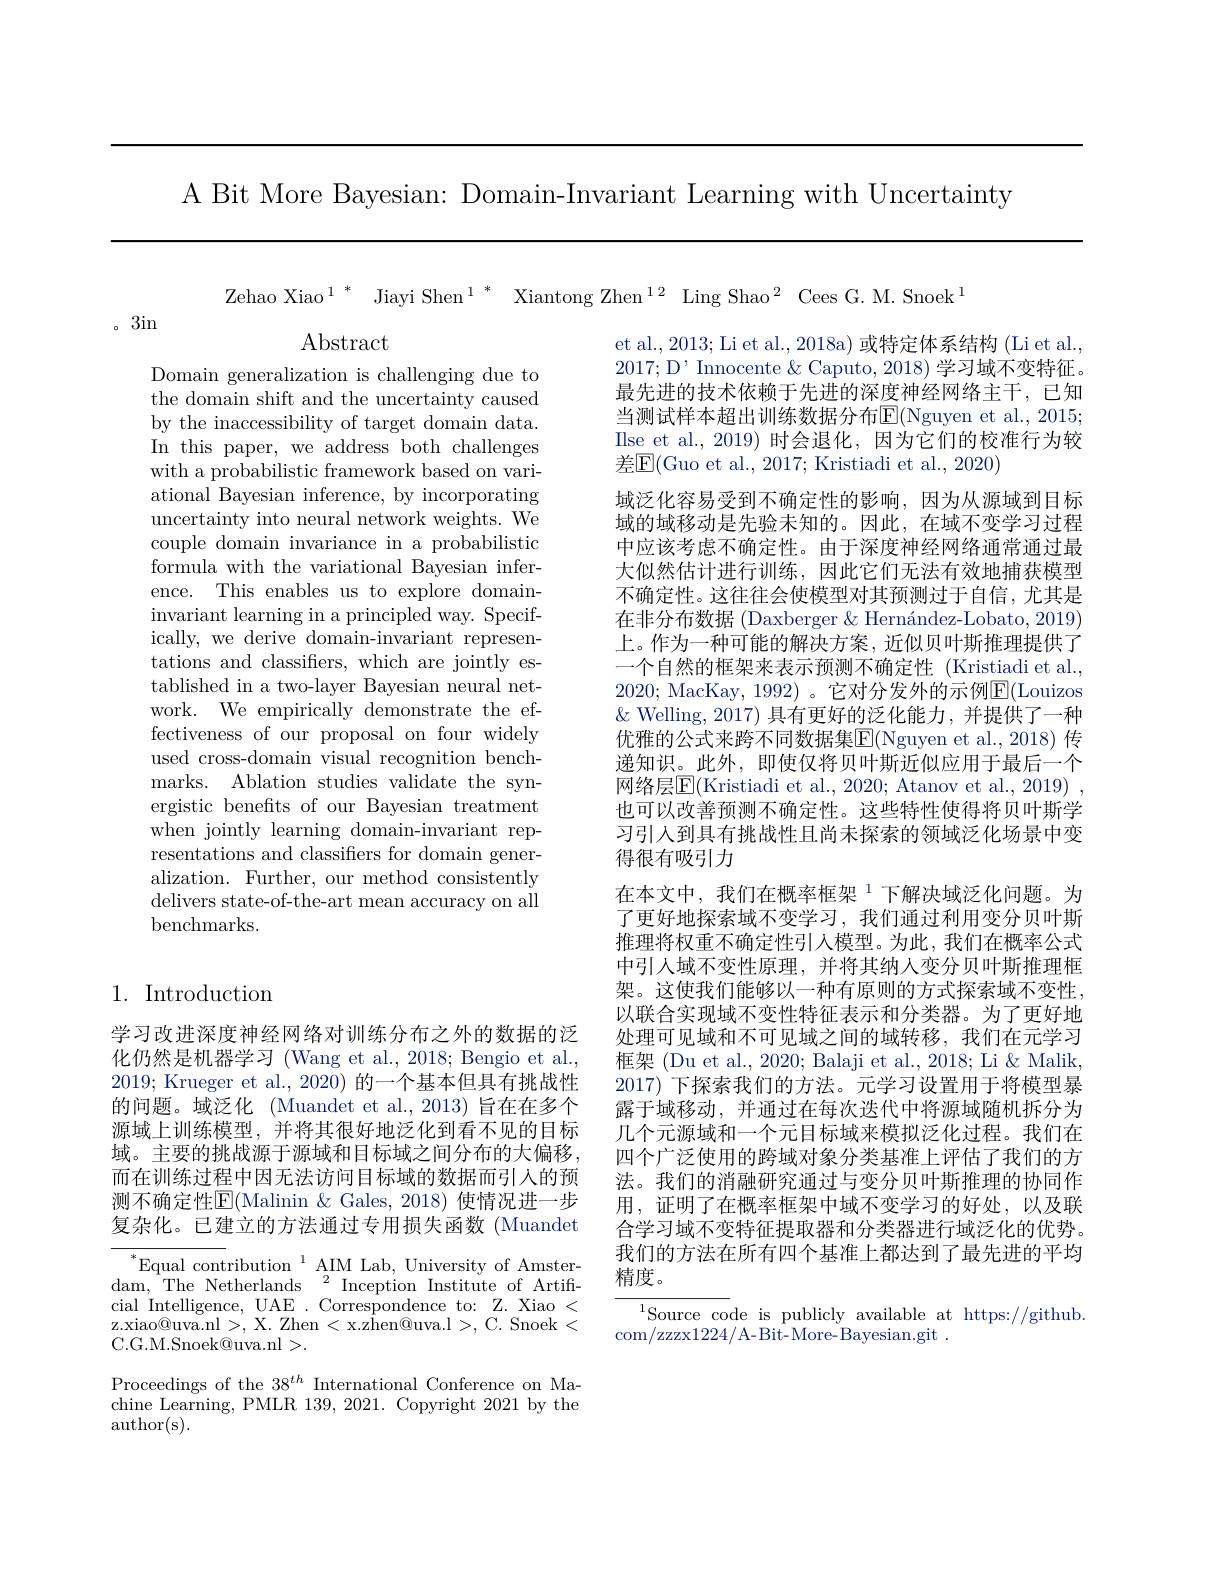
A Bit More Bayesian: Domain-Invariant Learning with Uncertainty

Zehao Xiao$^1*$ Jiayi Shen$^1*$ Xiantong Zhen$^12$ Ling Shao$^2$ Cees G.M. Snoek$^1$

。3in

$\operatorname{Abstract}$

Domain generalization is challenging due to the domain shift and the uncertainty caused by the inaccessibility of target domain data. In this paper, we address both challenges with a probabilistic framework based on variational Bayesian inference, by incorporating uncertainty into neural network weights. We couple domain invariance in a probabilistic formula with the variational Bayesian inference. This enables us to explore domaininvariant learning in a principled way. Specifically, we derive domain-invariant representations and classifiers, which are jointly established in a two-layer Bayesian neural network. We empirically demonstrate the effectiveness of our proposal on four widely used cross-domain visual recognition benchmarks. Ablation studies validate the synergistic benefits of our Bayesian treatment when jointly learning domain-invariant representations and classifiers for domain generalization. Further, our method consistently delivers state-of-the-art mean accuracy on all benchmarks.

et al., 2013; Li et al., 2018a) 或特定体系结构 (Li et al. 2017; D' Innocente & Caputo, 2018) 学习域不变特征。最先进的技术依赖于先进的深度神经网络主干，已知当测试样本超出训练数据分布E(Nguyen et al., 2015; Ilse et al.,2019) 时会退化，因为它们的校准行为较$差因($Guo et al., 2017; Kristiadi et al., 2020)
域泛化容易受到不确定性的影响，因为从源域到目标域的域移动是先验未知的。因此，在域不变学习过程中应该考虑不确定性。由于深度神经网络通常通过最大似然估计进行训练，因此它们无法有效地捕获模型不确定性。这往往会使模型对其预测过于自信，尤其是在非分布数据 (Daxberger & Hernández-Lobato, 2019) 上。作为一种可能的解决方案，近似贝叶斯推理提供了一个自然的框架来表示预测不确定性 (Kristiadi et al., 2020; MacKay, 1992) 。它对分发外的示例$\boxed{\mathrm{F}}($Louizos $\&$ Welling, 2017) 具有更好的泛化能力，并提供了一种优雅的公式来跨不同数据集$\boxed{\mathrm{E}}($Nguyen et al., 2018) 传递知识。此外，即使仅将贝叶斯近似应用于最后一个网络层$\boxed{\mathrm{E}}($Kristiadi et al., 2020; Atanov et al., 2019) , 也可以改善预测不确定性。这些特性使得将贝叶斯学习引人到具有挑战性且尚未探索的领域泛化场景中变得很有吸引力
在本文中，我们在概率框架$^{1}$下解决域泛化问题。为了更好地探索域不变学习，我们通过利用变分贝叶斯推理将权重不确定性引入模型。为此，我们在概率公式中引人域不变性原理，并将其纳人变分贝叶斯推理框架。这使我们能够以一种有原则的方式探索域不变性， 以联合实现域不变性特征表示和分类器。为了更好地处理可见域和不可见域之间的域转移，我们在元学习框架 (Du et al., 2020; Balaji et al., 2018; Li & Malik, 2017) 下探索我们的方法。元学习设置用于将模型暴露于域移动，并通过在每次迭代中将源域随机拆分为几个元源域和一个元目标域来模拟泛化过程。我们在四个广泛使用的跨域对象分类基准上评估了我们的方法。我们的消融研究通过与变分贝叶斯推理的协同作用，证明了在概率框架中域不变学习的好处，以及联合学习域不变特征提取器和分类器进行域泛化的优势。我们的方法在所有四个基准上都达到了最先进的平均精度。
$^{1}$Source code is publicly available at https://github.

## 1. Introduction

学习改进深度神经网络对训练分布之外的数据的泛化仍然是机器学习 (Wang et al., 2018; Bengio et al., 2019; Krueger et al., 2020) 的一个基本但具有挑战性的问题。域泛化 (Muandet et al., 2013) 旨在在多个源域上训练模型，并将其很好地泛化到看不见的目标域。主要的挑战源于源域和目标域之间分布的大偏移而在训练过程中因无法访问目标域的数据而引入的预测不确定性$\overline{\mathbb{E}}($Malinin &Gales, 2018) 使情况进一步复杂化。已建立的方法通过专用损失函数(Muandet

$^*$Equal contribution$^1$AIM Lab, University of Amster-

dam, The Netherlands$\:^2$Inception Institute of Artifi-

cial Intelligence, UAE . Correspondence to: Z. Xiao <

com/zzzx1224/A-Bit-More-Bayesian.git .

z.xiao@uva.nl >, X. Zhen < x.zhen@uva.l >, C. Snoek <

C.G.M.Snoek@uva.nl>.

Proceedings of the 38$^{th}$ International Conference on Machine Learning, PMLR 139, 2021. Copyright 2021 by the author(s).